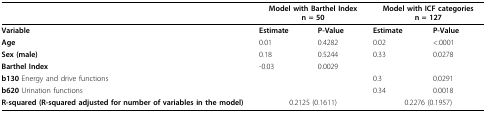
<table><thead><tr><td></td><td colspan="2"><b>Model with Barthel Index n = 50</b></td><td colspan="2"><b>Model with ICF categories n = 127</b></td></tr></thead><tbody><tr><td><b>Variable</b></td><td><b>Estimate</b></td><td><b>P-Value</b></td><td><b>Estimate</b></td><td><b>P-Value</b></td></tr><tr><td><b>Age</b></td><td>0.01</td><td>0.4282</td><td>0.02</td><td>&lt;.0001</td></tr><tr><td><b>Sex (male)</b></td><td>0.18</td><td>0.5244</td><td>0.33</td><td>0.0278</td></tr><tr><td><b>Barthel Index</b></td><td>-0.03</td><td>0.0029</td><td></td><td></td></tr><tr><td><b>b130 </b>Energy and drive functions</td><td></td><td></td><td>0.3</td><td>0.0291</td></tr><tr><td><b>b620 </b>Urination functions</td><td></td><td></td><td>0.34</td><td>0.0018</td></tr><tr><td><b>R-squared (R-squared adjusted for number of variables in the model)</b></td><td colspan="2">0.2125 (0.1611)</td><td colspan="2">0.2276 (0.1957)</td></tr></tbody></table>